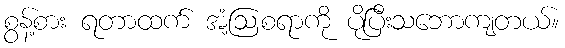
စွန့်စား ရတာထက် အံ့ဩစရာကို ပိုပြီးသဘောကျတယ်။